Indian journal of veterinary science and animal husbandry - Volume 11,
Year: 1941
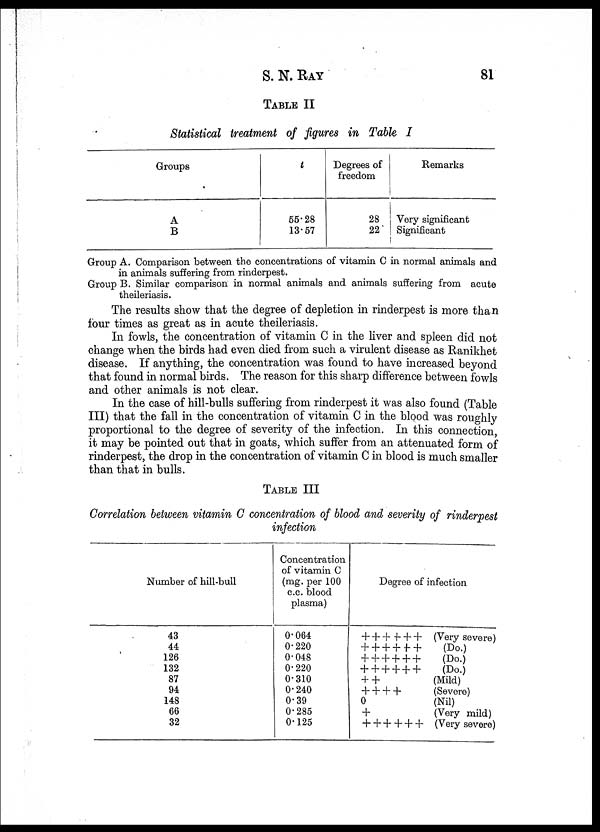
S. N.
RAY
81
TABLE II
Statistical treatment of figures in Table I
Groups
A
B
t
55.28
13.57
Degrees of
freedom
28
22
Remarks
Very significant
Significant
Group A. Comparison between the concentrations of vitamin C in normal animals and
in animals suffering from rinderpest.
Group B. Similar comparison in normal animals and animals suffering from acute
theileriasis.
The results show that the degree of depletion in rinderpest is more than
four times as great as in acute theileriasis.
In fowls, the concentration of vitamin C in the liver and spleen did not
change when the birds had even died from such a virulent disease as Ranikhet
disease. If anything, the concentration was found to have increased beyond
that found in normal birds. The reason for this sharp difference between fowls
and other animals is not clear.
In the case of hill-bulls suffering from rinderpest it was also found (Table
III) that the fall in the concentration of vitamin C in the blood was roughly
proportional to the degree of severity of the infection. In this connection,
it may be pointed out that in goats, which suffer from an attenuated form of
rinderpest, the drop in the concentration of vitamin C in blood is much smaller
than that in bulls.
TABLE III
Correlation between vitamin C concentration of blood and severity of rinderpest
infection
Number of hill-bull
43
44
126
132
87
94
148
66
32
Concentration
of vitamin C
(mg. per 100
c. c. blood
plasma)
0.064
0.220
0.048
0.220
0.310
0.240
0.39
0.285
0.125
Degree of infection
++++++
++++++
++++++
++++++
++
++++
0
+
++++++
(Very severe)
(Do. )
(Do. )
(Do. )
(Mild)
(Severe)
(Nil)
(Very mild)
(Very severe)